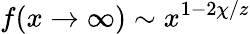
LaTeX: f(x\to\infty)\sim x^{1-2\chi/z}